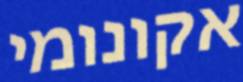
אקונומי